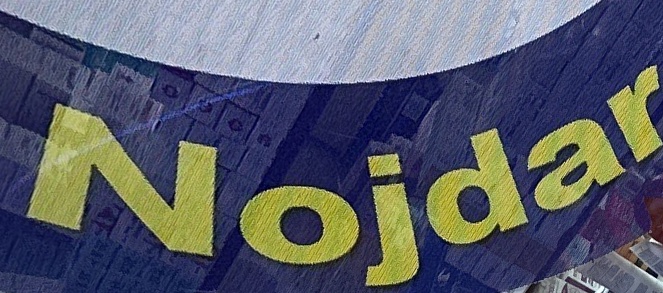
Nojdar